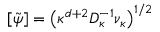
[ \tilde { \psi } ] = \big ( \kappa ^ { d + 2 } D _ { \kappa } ^ { - 1 } \nu _ { \kappa } \big ) ^ { 1 / 2 }